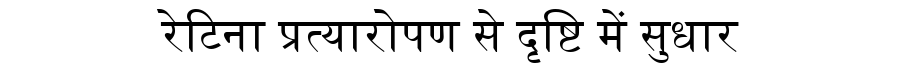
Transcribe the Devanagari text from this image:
रेटिना प्रत्यारोपण से दृष्टि में सुधार